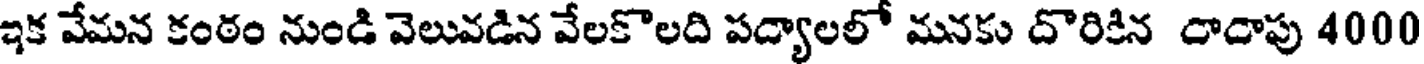
ఇక వేమన కంఠం నుండి వెలువడిన వేలకొలది పద్యాలలో మనకు దొరికిన దాదాపు 4000